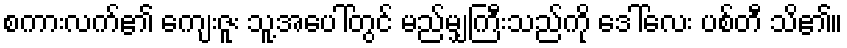
စကားလက်၏ ကျေးဇူး သူ့အပေါ်တွင် မည်မျှကြီးသည်ကို ဒေါ်လေး ပစ်တီ သိ၏။